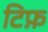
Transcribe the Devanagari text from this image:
टिफ़